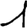
Digit: 1